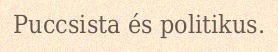
Puccsista és politikus.